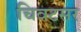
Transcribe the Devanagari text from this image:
चिवटसर